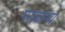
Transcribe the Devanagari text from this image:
परक्राम्‍य